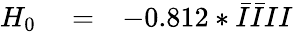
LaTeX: \begin{array}{rlr}{H_{0}}&{{}=}&{-0.812*\bar{I}\bar{I}II}\end{array}